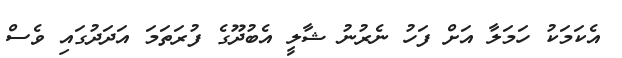
އެކަމަކު ހަމަލާ އަށް ފަހު ނެރުނު ޝާލީ އެބުދޫގެ ފުރަތަމަ އަދަދުގައި ވެސް